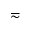
\eqsim